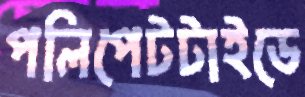
পলিপেটটাইডে